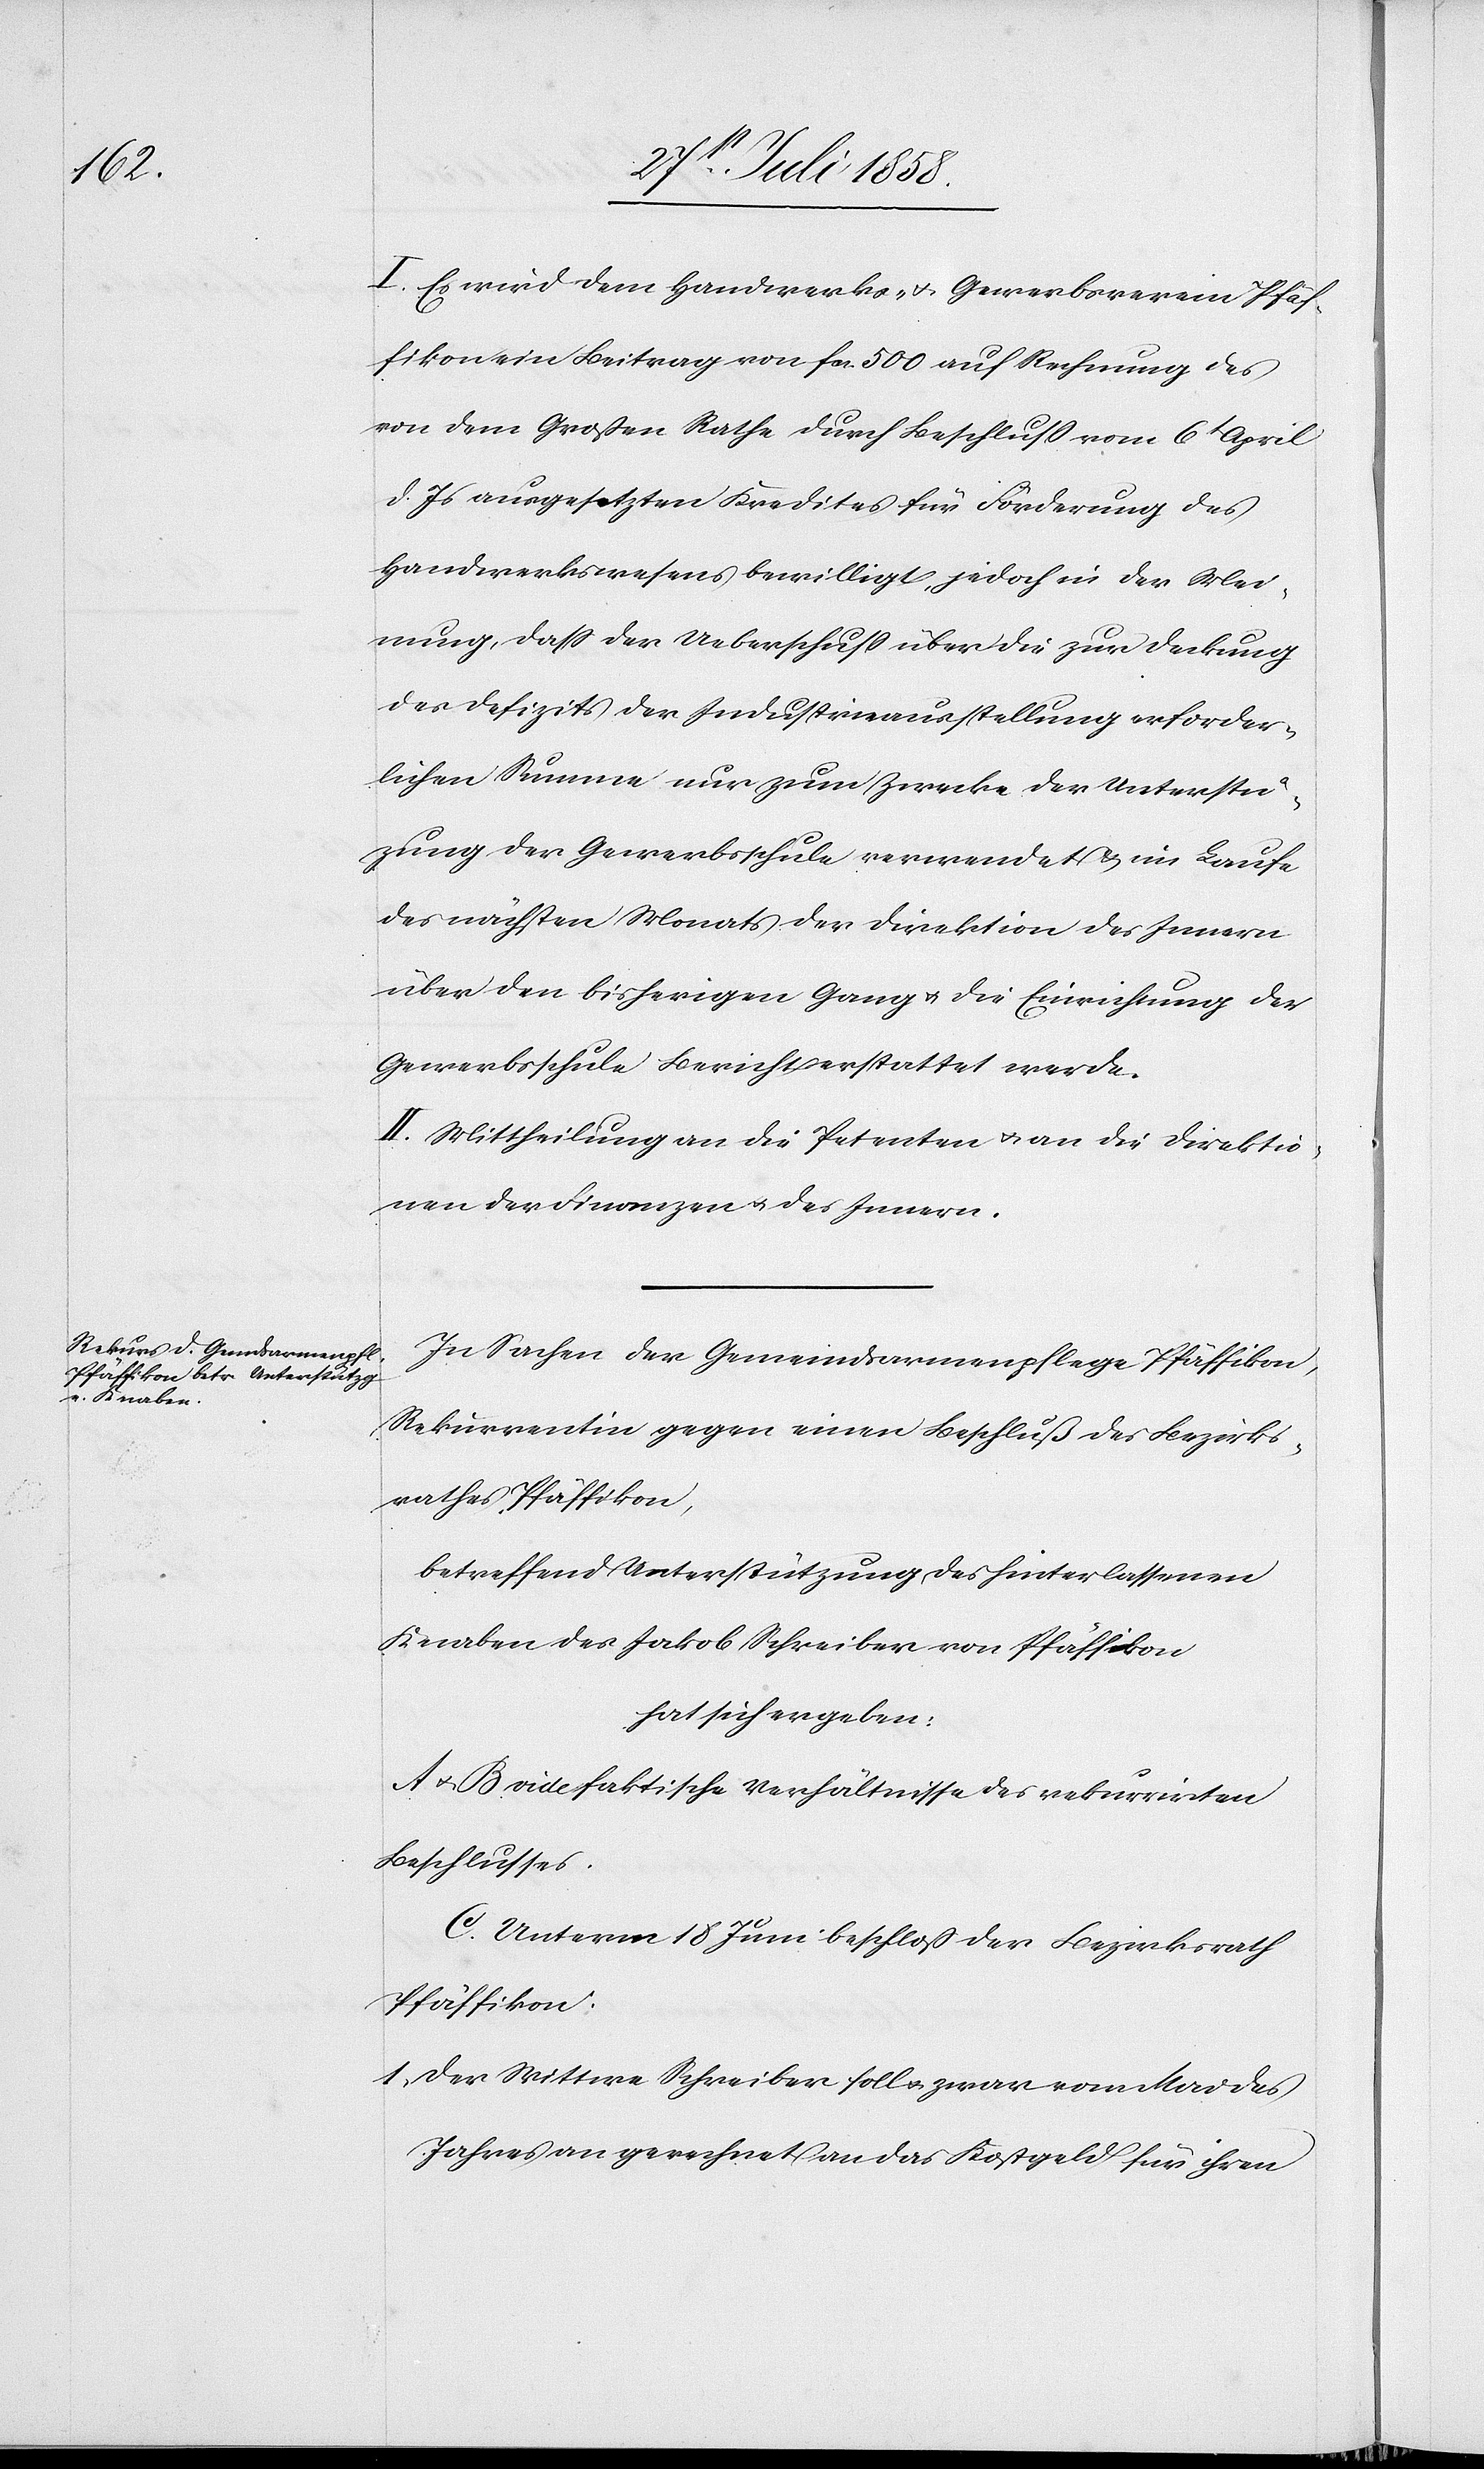
I. Es wird dem Handwerks- & Gewerbsverein Pfäf¬
fikon ein Beitrag von fcs. 500 auf Rechnung des
von dem Großen Rathe durch Beschluss vom 6t April
d. Js ausgesetzten Kredites für Förderung des
Handwerkswesens bewilligt, jedoch in der Mei¬
nung, dass der Ueberschuss über die zur Deckung
des Defizits der Industrieausstellung erforder¬
lichen Summe nur zum Zwecke der Unterstü[t]z¬
ung der Gewerbsschule verwendet & im Laufe
des nächsten Monats der Direktion des Innern
über den bisherigen Gang & die Einrichtung der
Gewerbsschule Bericht erstattet werde.
II. Mittheilung an die Petenten & an die Direktio¬
nen der Finanzen & des Innern.
In Sachen der Gemeindsarmenpflege Pfäffikon,
Rekurrentin gegen einen Beschluß des Bezirks¬
rathes Pfäffikon,
betreffend Unterstützung des hinterlassenen
Knaben des Jakob Schreiber von Pfäffikon
hat sich ergeben:
A & B vide faktische Verhältnisse des rekurrirten
Beschlusses.
C. Unterm 18 Juni beschloß der Bezirksrath
Pfäffikon:
Der Wittwe Schreiber soll & zwar vom Mai des
Jahres an gerechnet an das Kostgeld für ihren